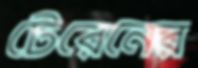
টেরেনের